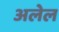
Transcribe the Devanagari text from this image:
अलेल